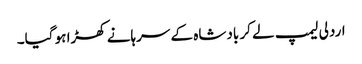
اردلی لیمپ لے کر بادشاہ کے سرہانے کھڑا ہو گیا۔